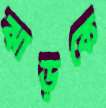
ঝাড়কে